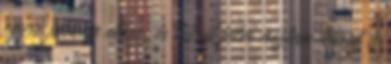
egyre jobban előre, és kicsit félve néztem körül a